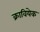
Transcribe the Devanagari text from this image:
क्रावियेक